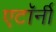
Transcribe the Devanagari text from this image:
एटाॅर्नी